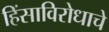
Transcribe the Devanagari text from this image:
हिंसाविरोधाचे